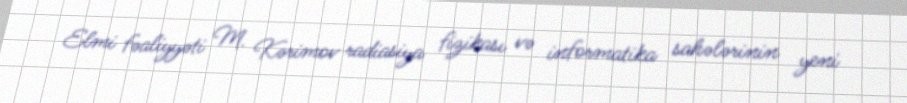
Elmi fəaliyyəti M. Kərimov radiasiya fizikası və informatika sahələrinin yeni